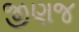
જીણજ